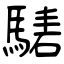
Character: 騞